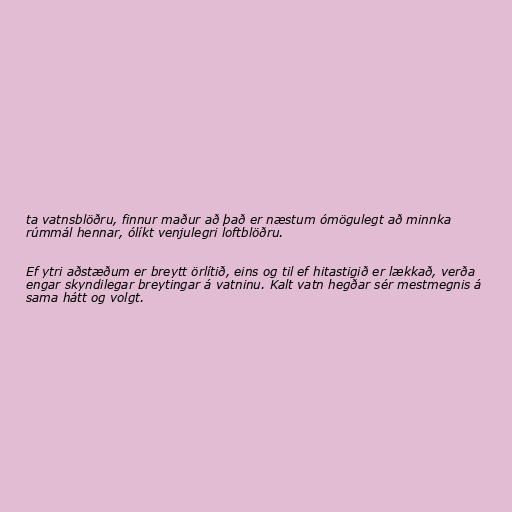
ta vatnsblöðru, finnur maður að það er næstum ómögulegt að minnka
rúmmál hennar, ólíkt venjulegri loftblöðru.

Ef ytri aðstæðum er breytt örlítið, eins og til ef hitastigið er lækkað, verða
engar skyndilegar breytingar á vatninu. Kalt vatn hegðar sér mestmegnis á
sama hátt og volgt.